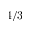
4 / 3